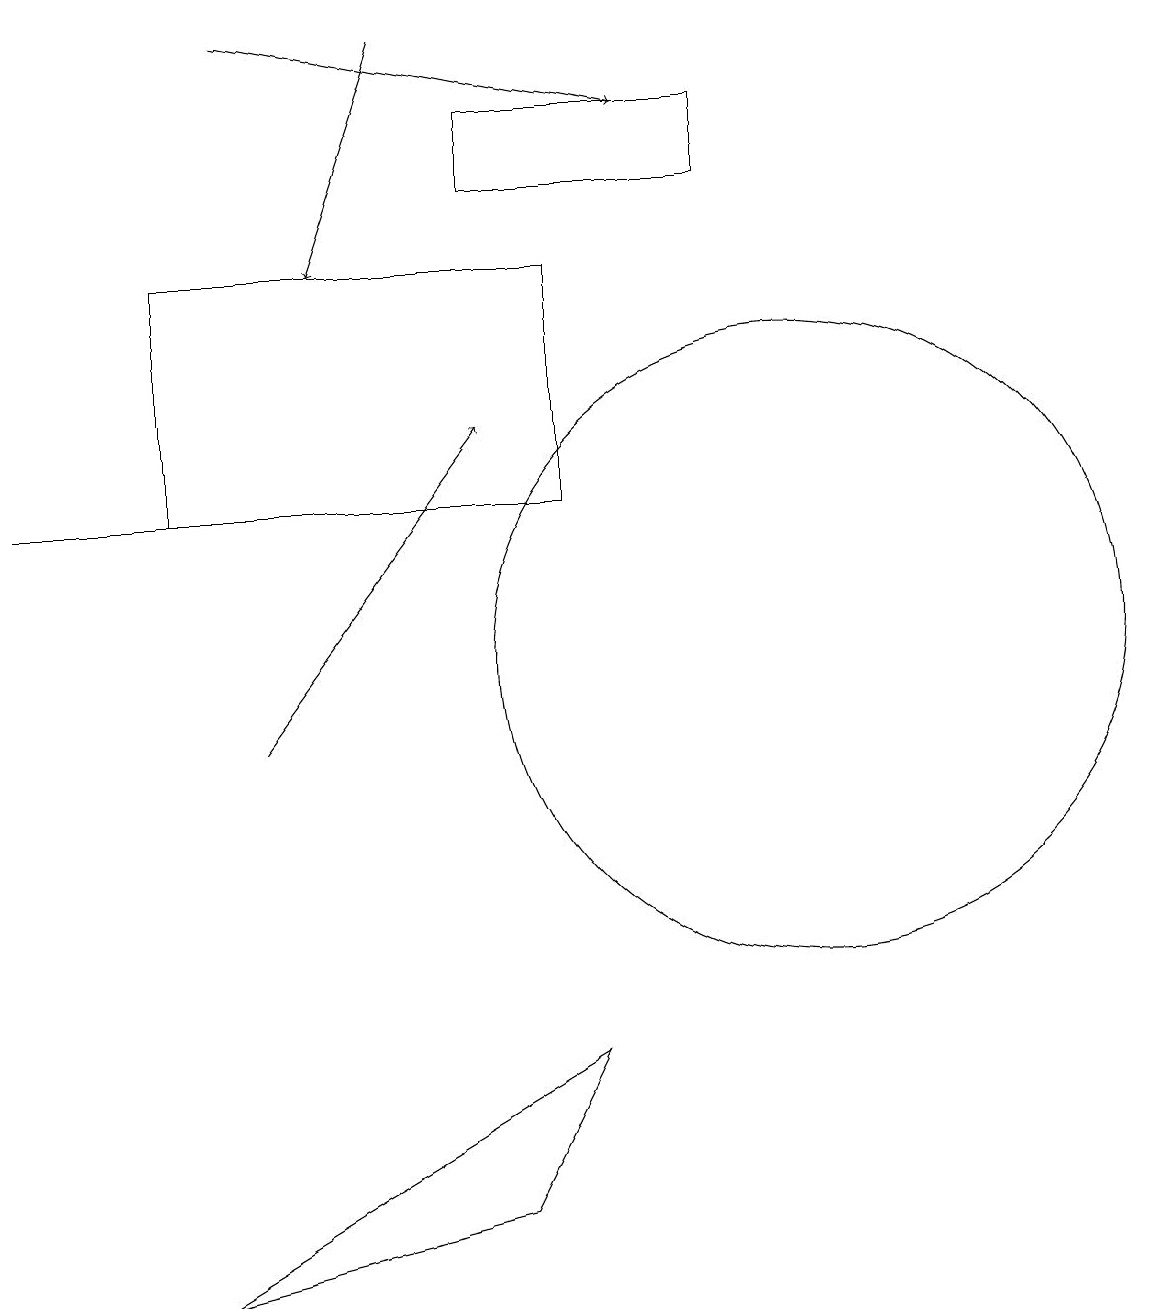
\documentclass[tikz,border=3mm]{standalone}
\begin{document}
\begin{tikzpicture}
\draw (10,11) circle (4);
\draw[->] (3,10) -- (6,14);
\draw (0,13) rectangle (4,13);
\draw[->] (5,19) -- (4,16);
\draw (7,16) rectangle (2,13);
\draw (2,3) -- (6,4) -- (7,6) -- cycle;
\draw (6,18) rectangle (9,17);
\draw[->] (3,19) -- (8,18);
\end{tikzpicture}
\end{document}